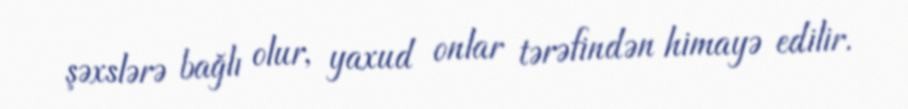
şəxslərə bağlı olur, yaxud onlar tərəfindən himayə edilir.